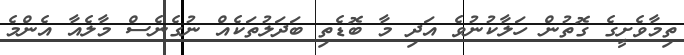
ތިމާވެށީގެ ގޮތުން ހަލާކުނުވެ އަދި މާ ބޮޑެތި ބަދަލުތަކެއް ނުގެނެސް މާލެއާ އެންމެ